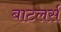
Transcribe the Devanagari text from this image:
बाटलर्स